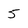
Character: 5